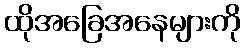
ထိုအခြေအနေများကို